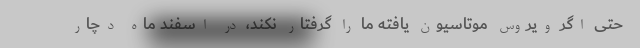
حتی اگر ویروس موتاسیون یافته ما را گرفتار نکند، در اسفند ماه دچار